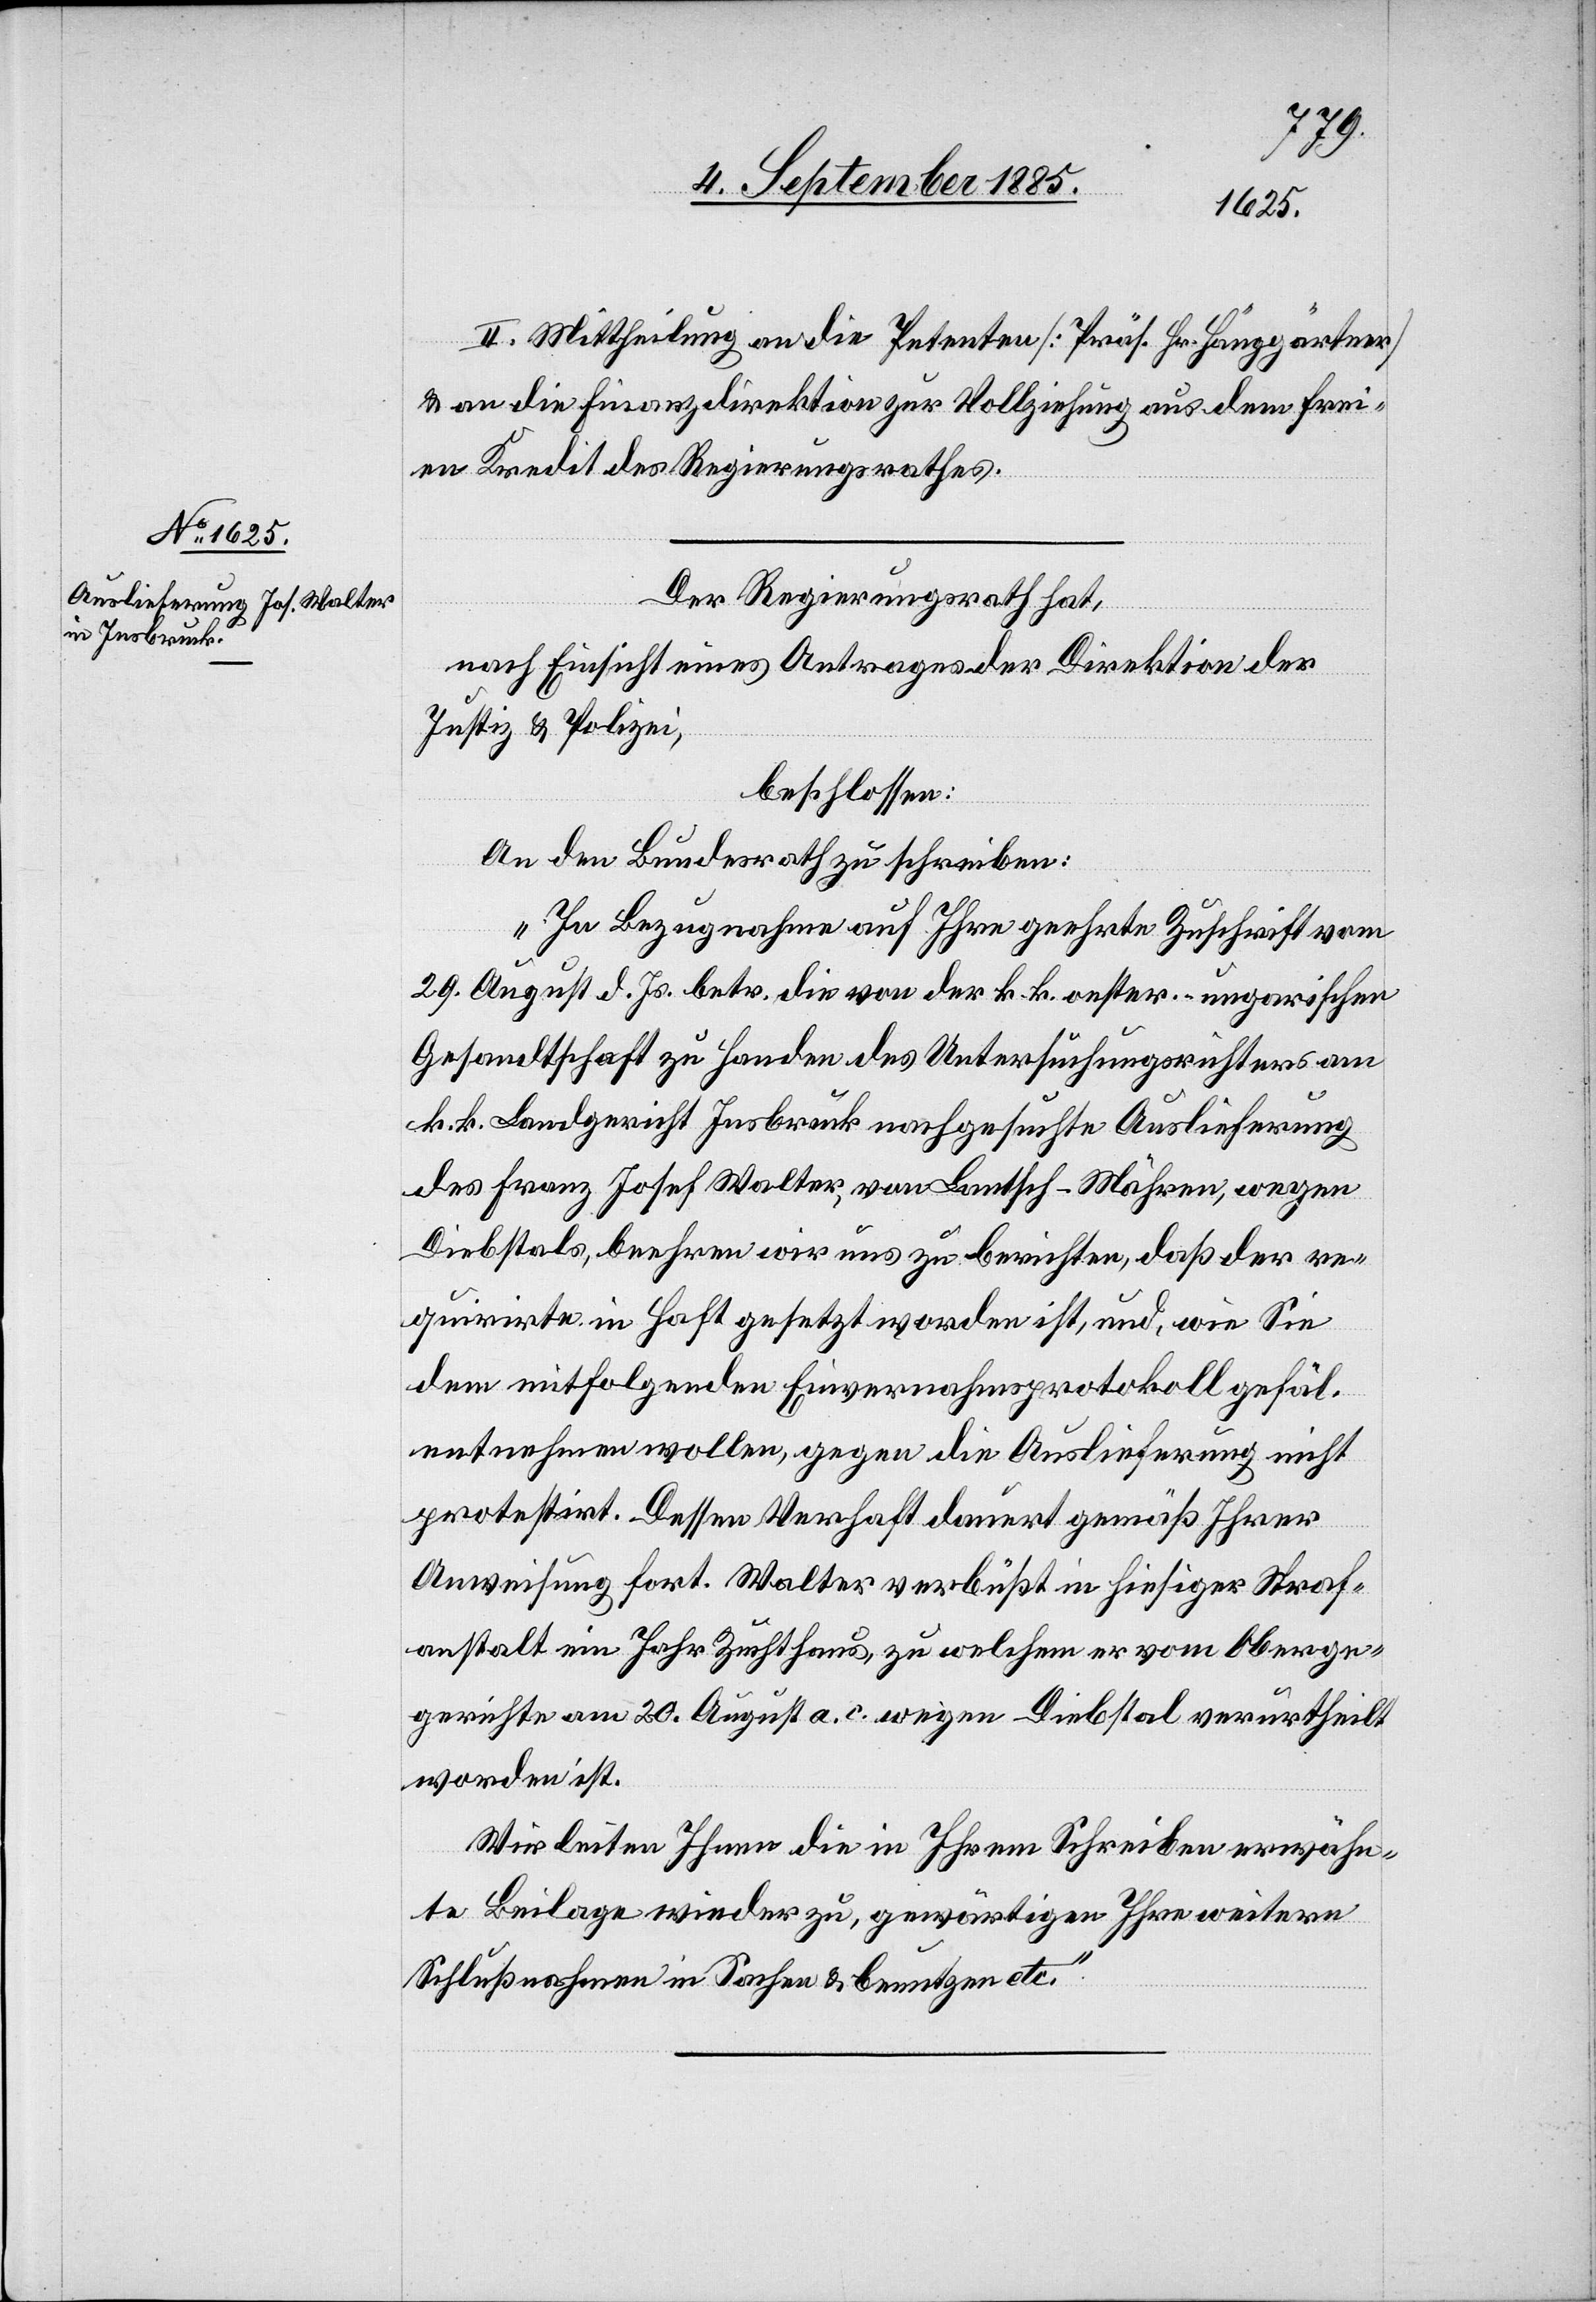
II. Mittheilung an die Petenten [Präs. Hr. Hänggärtner]
& an die Finanzdirektion zur Vollziehung aus dem frei¬
en Kredit des Regierungsrathes.
Der Regierungsrath hat,
nach Einsicht eines Antrages der Direktion der
Justiz & Polizei,
beschlossen:
An den Bundesrath zu schreiben:
„In Bezugnahme auf Ihre geehrte Zuschrift vom
29. August d. Js. betr. die von der k. k. oester.-ungarischen
Gesandtschaft zu Handen des Untersuchungsrichters am
k. k. Landgericht Insbruck nachgesuchte Auslieferung
des Franz Josef Walter, von Lantsch - Mähren, wegen
Diebstals, beehren wir uns zu berichten, daß der re¬
quirirte [sic!] in Haft gesetzt worden ist, und, wie Sie
dem mitfolgenden Einvernahmsprotokoll gefäl.
entnehmen wollen, gegen die Auslieferung nicht
protestirt. Dessen Verhaft dauert gemäß Ihrer
Anweisung fort. Walter verbüßt in hiesiger Straf¬
anstalt ein Jahr Zuchthaus, zu welchem er vom Oberg¬
erichte am 20. August a. c. wegen Diebstal verurtheilt
worden ist.
Wir leiten Ihnen die in Ihrem Schreiben erwähn¬
te Beilage wieder zu, gewärtigen Ihre weitern
Schlußnahmen in Sachen & benutzen etc.“